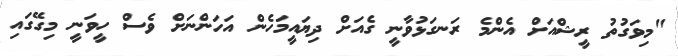
"މިވަގުތު ރީޝްއަށް އެންމެ ރަނގަޅުވާނީ ގެއަށް ދިޔައީމަހެން އަހަންނަށް ވެސް ހީވަނީ މިގޭގައި